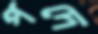
পদে